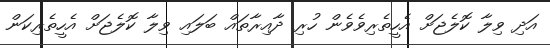
އަދި ވިލާ ކޮލެޖަށް އެހީތެރިވެވެން ހުރި ދާއިރާތައް ބަލައި ވިލާ ކޮލެޖަށް އެހީތެރިކަން